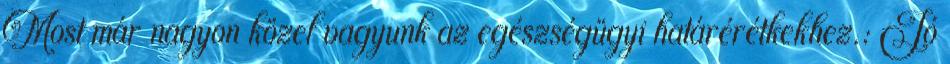
Most már nagyon közel vagyunk az egészségügyi határérétkekhez.: Jó